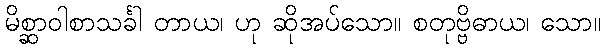
မိစ္ဆာဝါစာသင်္ခါ တာယ၊ ဟု ဆိုအပ်သော။ စတုဗ္ဗိဓာယ၊ သော။